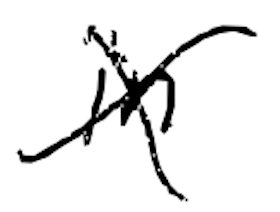
Text: in
Cross-out: mix
Writing tool: digital_black